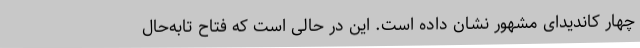
چهار کاندیدای مشهور نشان داده است. این در حالی است که فتاح تابه‌حال